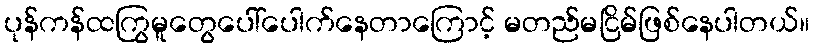
ပုန်ကန်ထကြွမူတွေပေါ်ပေါက်နေတာကြောင့် မတည်မငြိမ်ဖြစ်နေပါတယ်။